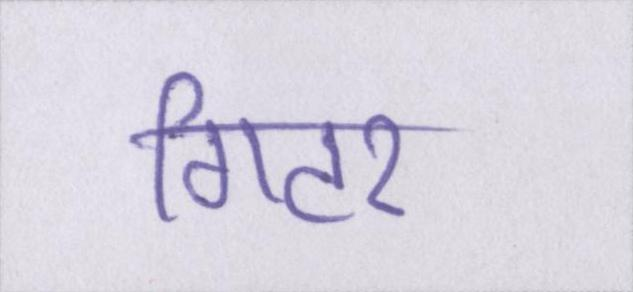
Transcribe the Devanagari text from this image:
गिटर